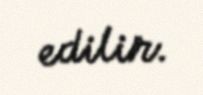
edilir.